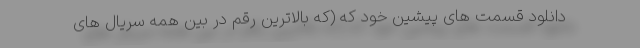
دانلود قسمت های پیشین خود که (که بالاترین رقم در بین همه سریال های